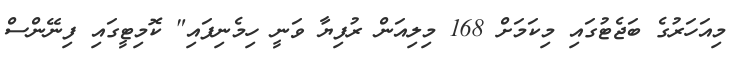
މިއަހަރުގެ ބަޖެޓުގައި މިކަމަށް 168 މިލިއަން ރުފިޔާ ވަނީ ހިމެނިފައި" ކޮމިޓީގައި ފިނޭންސް